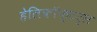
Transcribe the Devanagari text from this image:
हेलिकॉफ्टर्स